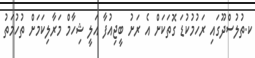
ކ.ތުލުސްދޫގައި ރަހުމުކުޑަ ގޮތަކަށް އެ ރަށު ބީޖިއުފާ އަލީ ޝިހާމް މަރާލިކަމަށް ތުހުމަތު